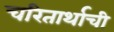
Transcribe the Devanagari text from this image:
चरितार्थाची